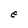
Character: E